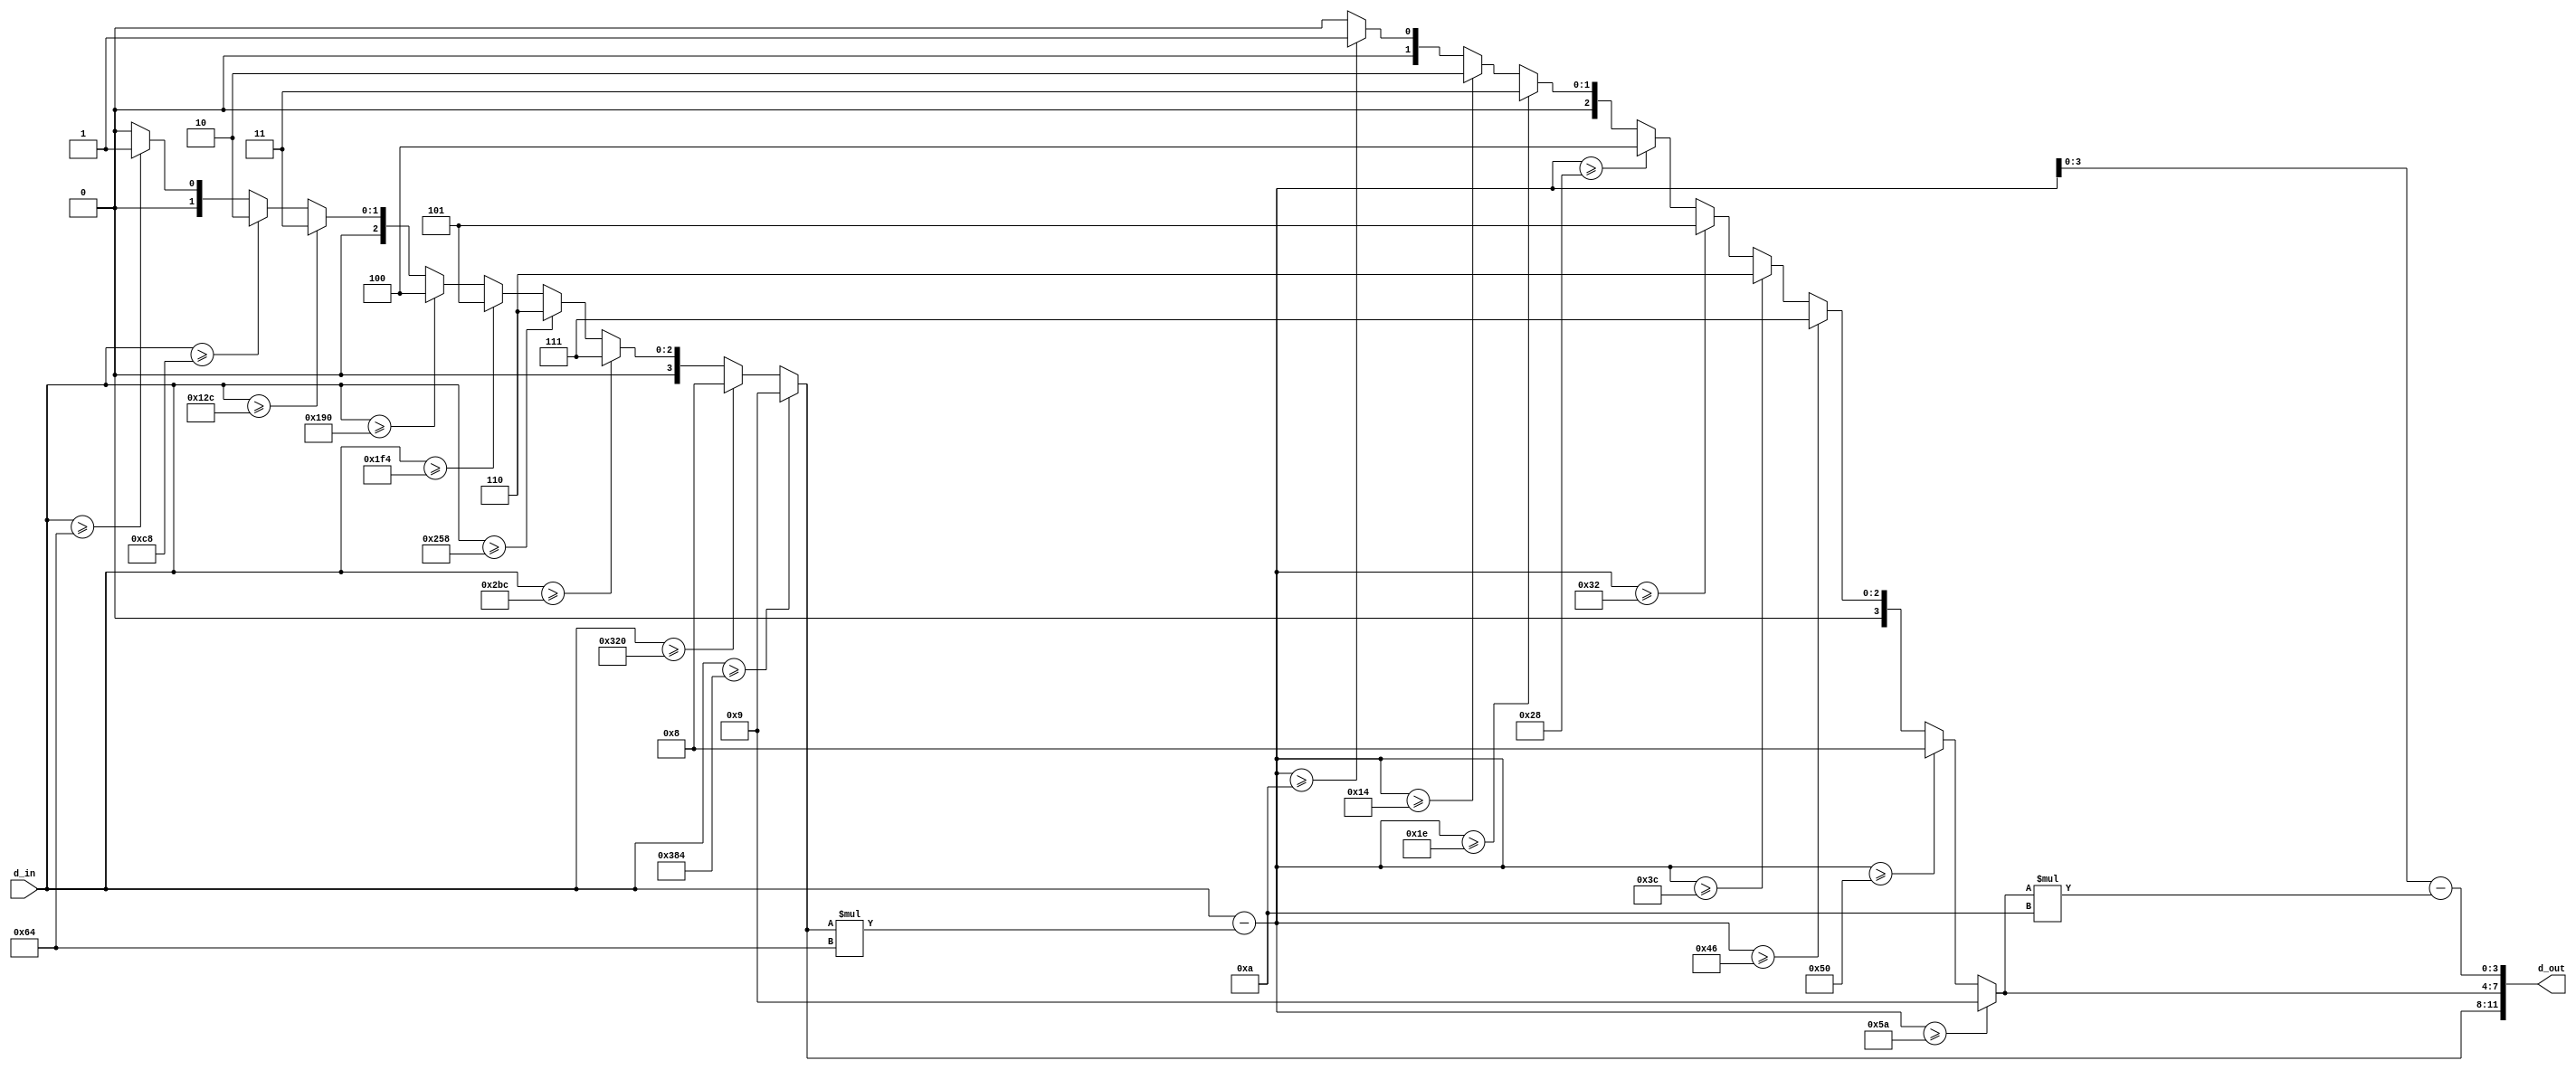
//hex2bcd.v

module hex2bcd(
d_in,
d_out
);
input [9:0] d_in;
output [11:0] d_out;
//-------------------------------------
wire [3:0] h2;
assign h2 = (d_in >= 10'd900) ? 4'h9 :
						(d_in >= 10'd800) ? 4'h8 :
						(d_in >= 10'd700) ? 4'h7 :
						(d_in >= 10'd600) ? 4'h6 :
						(d_in >= 10'd500) ? 4'h5 :
						(d_in >= 10'd400) ? 4'h4 :
						(d_in >= 10'd300) ? 4'h3 :
						(d_in >= 10'd200) ? 4'h2 :
						(d_in >= 10'd100) ? 4'h1 : 4'h0;

wire [9:0] d_in2 = d_in - (h2 * 10'd100);
wire [3:0] h1;
assign h1 = (d_in2 >= 10'd90) ? 4'h9 :
						(d_in2 >= 10'd80) ? 4'h8 :
						(d_in2 >= 10'd70) ? 4'h7 :
						(d_in2 >= 10'd60) ? 4'h6 :
						(d_in2 >= 10'd50) ? 4'h5 :
						(d_in2 >= 10'd40) ? 4'h4 :
						(d_in2 >= 10'd30) ? 4'h3 :
						(d_in2 >= 10'd20) ? 4'h2 :
						(d_in2 >= 10'd10) ? 4'h1 : 4'h0;
						
wire [9:0] d_in3 = d_in2 - (h1 * 10'd10);
wire [3:0] h0;
assign h0 = d_in3[3:0];

wire [11:0] d_out;
assign d_out = {h2,h1,h0};

endmodule